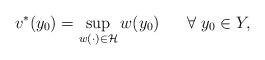
LaTeX: \begin{align*}v^*(y_0)=\sup_{w(\cdot)\in \mathcal{H}}w(y_0)\ \ \ \ \ \forall \ y_0\in Y,\end{align*}